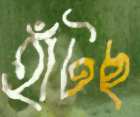
হাঁটছ